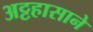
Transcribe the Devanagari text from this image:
अट्टहासाने